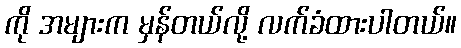
ကို အများက မှန်တယ်လို့ လက်ခံထားပါတယ်။